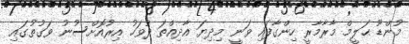
މުންޑޫ ޙަލީމް މާރާމާރީ ހިންގާފައި ވަނީ މިދިޔަ އާދިއްތަ ދުވަހު އިރުއޮށްސުނު ވަގުތުގައި